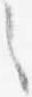
之